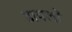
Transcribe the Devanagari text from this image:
डायलों